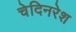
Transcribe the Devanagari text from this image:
चेदिनरेश